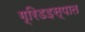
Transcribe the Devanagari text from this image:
ग्रिडइस्पात